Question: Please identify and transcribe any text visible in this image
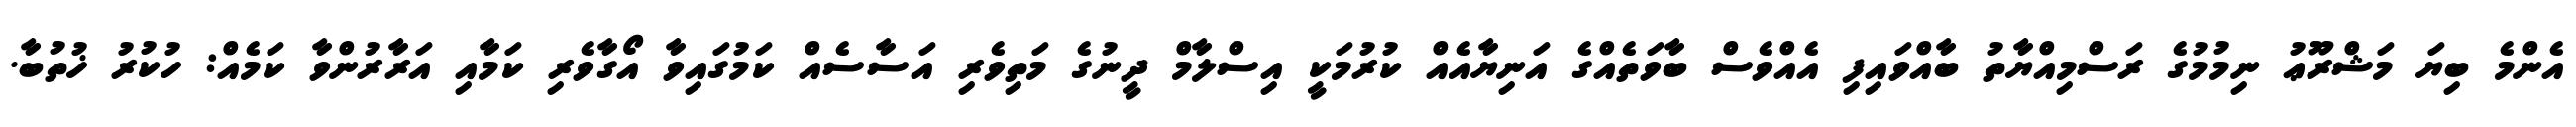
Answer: އެންމެ ބިޔަ މަޝްރޫޢު ނިމުމުގެ ރަސްމިއްޔާތު ބާއްވައިފި އެއްވެސް ބާވަތެއްގެ އަނިޔާއެއް ކުރުމަކީ އިސްލާމް ދީނުގެ މަތިވެރި އަސާސެއް ކަމުގައިވާ އޯގާވެރި ކަމާއި އަރާރުންވާ ކަމެއް: ހުކުރު ޚުތުބާ.